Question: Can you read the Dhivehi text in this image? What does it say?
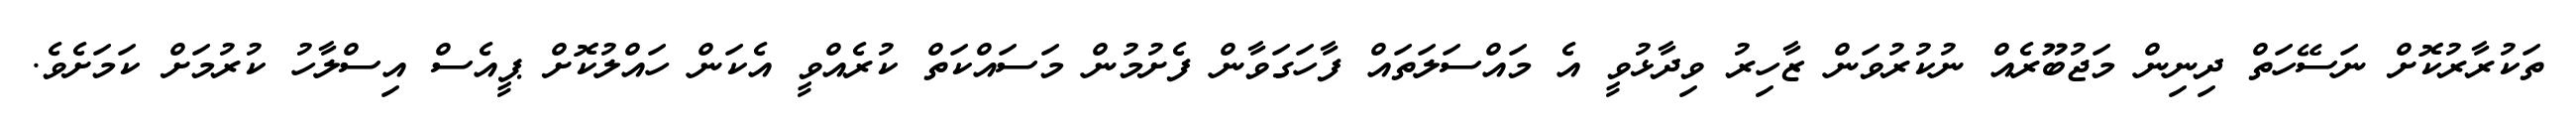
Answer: ތަކުރާރުކޮށް ނަސޭހަތް ދިނިން މަޖުބޫރެއް ނުކުރުވަން ޒާހިރު ވިދާޅުވީ އެ މައްސަލަތައް ފާހަގަވާން ފެށުމުން މަސައްކަތް ކުރެއްވީ އެކަން ހައްލުކޮށް ޕީއެސް އިސްލާހު ކުރުމަށް ކަމަށެވެ.